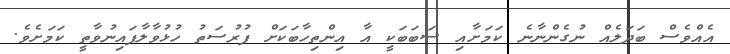
އެއްވެސް ބަދަލެއް ނުގެންނާނެ ކަމަށާއި ސަބަބަކީ އާ އިންތިހާބަކަށް ފުރުސަތު ހުޅުވާލާފައިނުވާތީ ކަމަށެވެ.